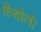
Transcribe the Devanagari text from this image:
कैथोली